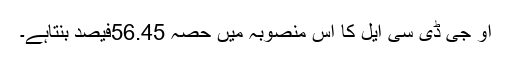
او جی ڈی سی ایل کا اس منصوبہ میں حصہ 56.45فیصد بنتاہے۔